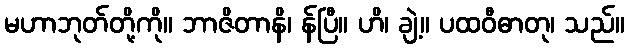
မဟာဘုတ်တို့ကို။ ဘာဇိတာနိ၊ န်ပြီ။ ဟိ၊ ချဲ့။ ပထဝီဓာတု၊ သည်။